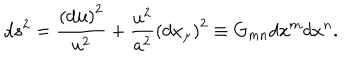
d s ^ { 2 } = \frac { \left( d { \bf u } \right) ^ { 2 } } { u ^ { 2 } } + \frac { u ^ { 2 } } { a ^ { 2 } } \left( d x _ { \mu } \right) ^ { 2 } \equiv G _ { m n } d x ^ { m } d x ^ { n } .